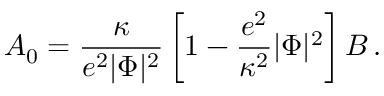
A _ { 0 } = { \frac { \kappa } { e ^ { 2 } | \Phi | ^ { 2 } } } \left[ 1 - { \frac { e ^ { 2 } } { \kappa ^ { 2 } } } | \Phi | ^ { 2 } \right] B \, .